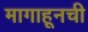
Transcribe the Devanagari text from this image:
मागाहूनची